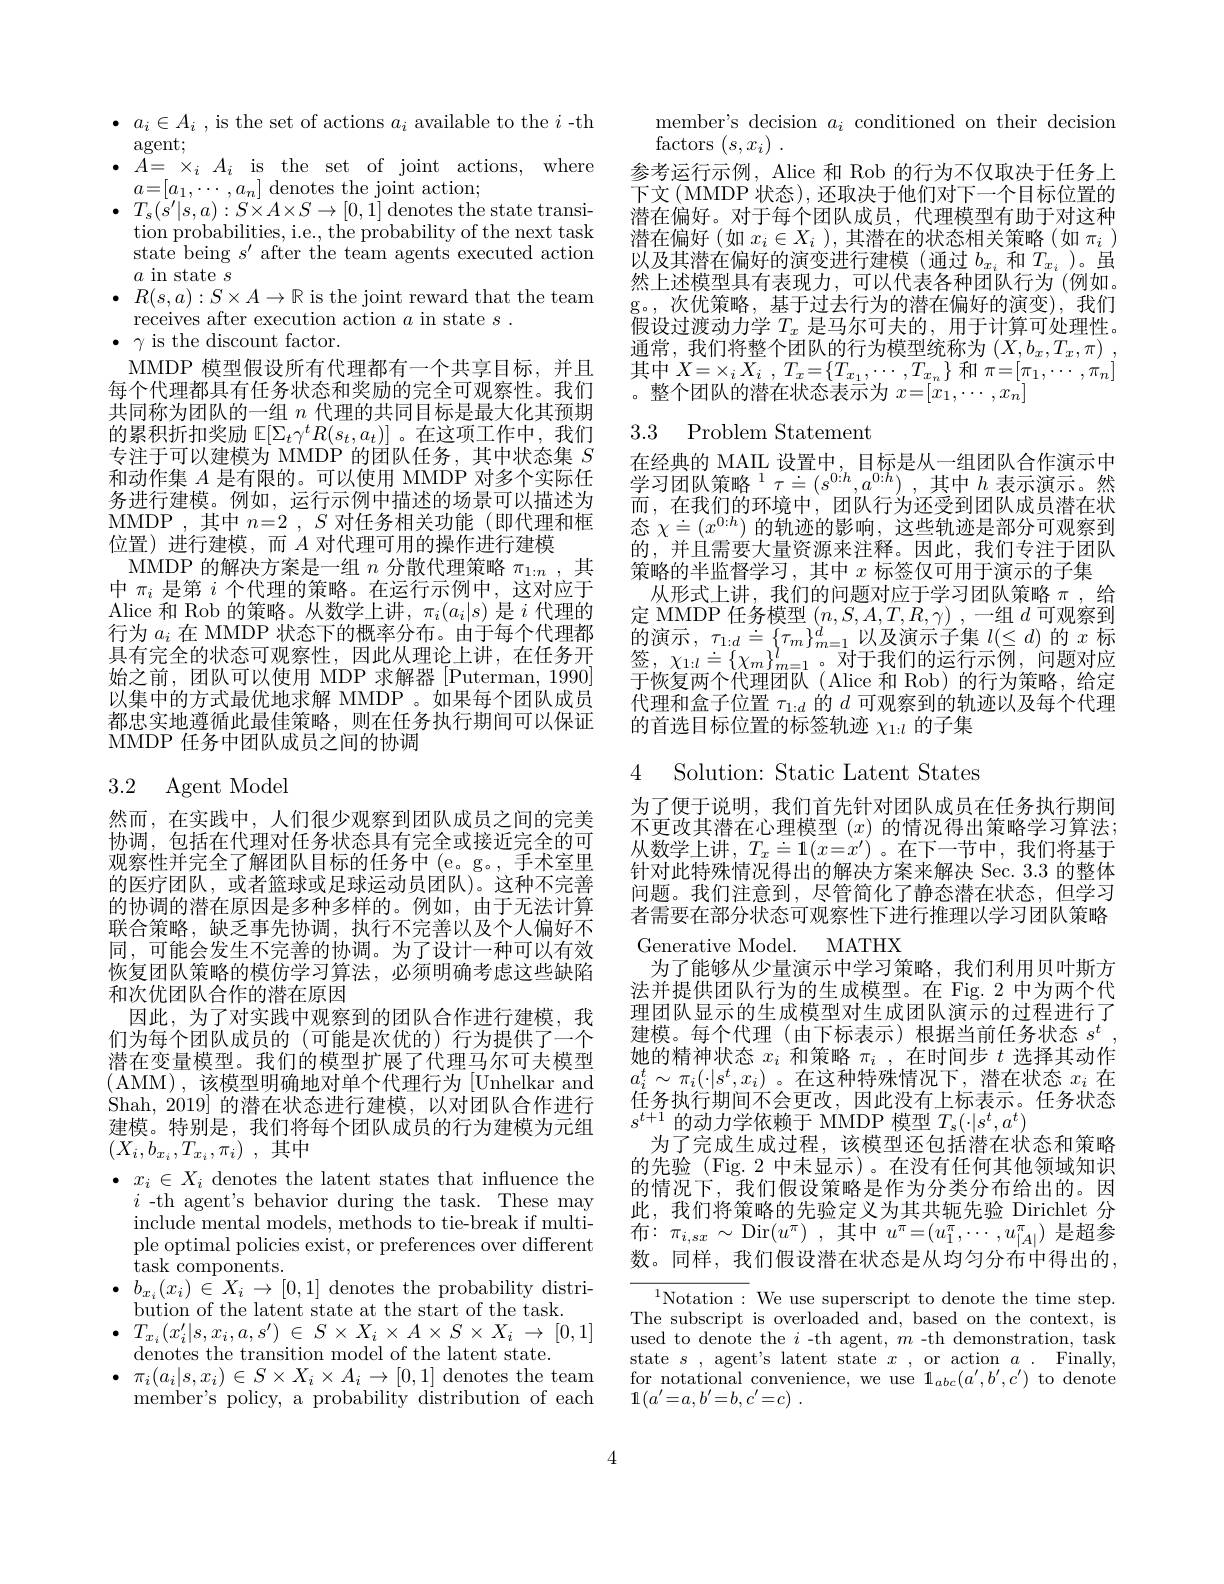
$\bullet$ $a_i\in A_i$ , is the set of actions $a_i$ available to the $i$-th

agent;

$\bullet$ $A=$ $\times _{i}$ $A_{i}$ is the set of joint actions, where

$a=[a_1,\cdots,a_n]$ denotes the joint action;

$\bullet$ $T_{s}( s^{\prime }| s, a) : S\times A\times S\to [ 0, 1]$denotes the state transi-

tion probabilities, i.e., the probability of the next task

state being $s^\prime$ after the team agents executed action

$a$ in state $s$

$\bullet$ $R( s, a) : S\times A\to \mathbb{R}$ is the joint reward that the team

receives after execution action $a$ in state $s.$

$\bullet$ $\gamma$ is the discount factor.

MMDP 模型假设所有代理都有一个共享目标，并且每个代理都具有任务状态和奖励的完全可观察性。我们共同称为团队的一组$n$代理的共同目标是最大化其预期的累积折扣奖励 E$[\Sigma_t\gamma^tR(s_t,a_t)]$。在这项工作中，我们专注于可以建模为 MMDP 的团队任务，其中状态集$S$ 和动作集$A$是有限的。可以使用 MMDP 对多个实际任务进行建模。例如，运行示例中描述的场景可以描述为MMDP ,其中$n= 2$ , $S$对任务相关功能 (即代理和框位置)进行建模，而$A$对代理可用的操作进行建模
MMDP 的解决方案是一组$n$分散代理策略$\pi_1:n$,其中$\pi_i$是第$i$个代理的策略。在运行示例中，这对应于Alice 和 Rob 的策略。从数学上讲，$\pi_i(a_i|s)$是$i$代理的行为$a_i$在 MMDP 状态下的概率分布。由于每个代理都具有完全的状态可观察性，因此从理论上讲，在任务开始之前，团队可以使用 MDP 求解器[Puterman,1990] 以集中的方式最优地求解 MMDP 。如果每个团队成员都忠实地遵循此最佳策略，则在任务执行期间可以保证MMDP 任务中团队成员之间的协调

### 3.2 Agent Mode

然而，在实践中，人们很少观察到团队成员之间的完美协调，包括在代理对任务状态具有完全或接近完全的可观察性并完全了解团队目标的任务中(e。g。,手术室里的医疗团队，或者篮球或足球运动员团队)。这种不完善的协调的潜在原因是多种多样的。例如，由于无法计算联合策略，缺乏事先协调，执行不完善以及个人偏好不同，可能会发生不完善的协调。为了设计一种可以有效恢复团队策略的模仿学习算法，必须明确考虑这些缺陷和次优团队合作的潜在原因
因此，为了对实践中观察到的团队合作进行建模，我们为每个团队成员的(可能是次优的)行为提供了一个潜在变量模型。我们的模型扩展了代理马尔可夫模型(AMM),该模型明确地对单个代理行为[Unhelkar and Shah,2019] 的潜在状态进行建模，以对团队合作进行建模。特别是，我们将每个团队成员的行为建模为元组$( \bar{X} _{i}, b_{x_{i}}, T_{x_{i}}, \pi _{i})$ ,其中
$\bullet$ $x_{i}\in X_{i}$ denotes the latent states that influence the
$i$ -th agent's behavior during the task. These may include mental models, methods to tie-break if multiple optimal policies exist, or preferences over different $\tilde{\text{task components.}}$
$\begin{array}{l}{b_{x_{i}}(x_{i})\in X_{i}\to[0,1]\text{ denotes the probability distri-}}\\{\mathrm{bution~of~the~latent~state~at~the~start~of~the~task.}}\end{array}$ $\bullet$ $T_{x_{i}}( x_{i}^{\prime }| s, x_{i}, a, s^{\prime })$ $\in$ $S\times$ $X_{i}\times A\times S\times$ $X_{i}$ $\to$ [0,1] denotes the transition model of the latent state.
$\bullet$ $\pi _{i}( a_{i}| s, x_{i}) \in S\times X_{i}\times A_{i}\to [ 0, 1]$ denotes the team
member's policy, a probability distribution of each

member's decision $a_i$ conditioned on their decision
factors $( s, x_i)$ .
参考运行示例，Alice 和 Rob 的行为不仅取决于任务上下文(MMDP 状态),还取决于他们对下一个目标位置的潜在偏好。对于每个团队成员，代理模型有助于对这种潜在偏好(如$x_i\in X_i$ ),其潜在的状态相关策略(如$\pi_i$ ) 以及其潜在偏好的演变进行建模(通过$b_x_i$和$T_{x_i}$ )。虽然上述模型具有表现力，可以代表各种团队行为 (例如。g。,次优策略，基于过去行为的潜在偏好的演变),我们假设过渡动力学$T_x$是马尔可夫的，用于计算可处理性。$\begin{array}{l}{\text{通常，我们将整个团队的行为模型统称为}}\left(X,b_{x},T_{x},\pi\right)\\{\text{世}+\mathbf{v}}\end{array}$ 其中$X= \times _iX_i$ , $T_x= \{ T_{x_1}, \cdots , T_{x_n}\}$ 和$\pi=[\pi_1,\cdots,\pi_n]$ 。整个团队的潜在状态表示为$x=[x_1,\cdots,x_n]$

### 3.3 Problem Statement

$\begin{array}{ll}\text{在经典的 MAIL 设置中，目标是从一组团队合作演示中}\\\text{学习团队策略 }^{1}\tau\doteq(s^{0:h},a^{0:h}),\text{其中 }h\text{ 表示演示。然}\end{array}$ 而，在我们的环境中，团队行为还受到团队成员潜在状态$\chi\doteq(x^{0:h})$的轨迹的影响，这些轨迹是部分可观察到的，并且需要大量资源来注释。因此，我们专注于团队策略的半监督学习，其中$x$标签仅可用于演示的子集
从形式上讲，我们的问题对应于学习团队策略$\pi$ ,给定 MMDP 任务模型$(n,S,A,T,R,\gamma)$ ,一组$d$可观察到于恢复两个代理团队( Alice 和 Rob) 的行为策略，给定代理和盒子位置$\tau_{1:d}$的$d$可观察到的轨迹以及每个代理的首选目标位置的标签轨迹$\chi_{1:l}$的子集

# 4 Solution: Static Latent States

为了便于说明，我们首先针对团队成员在任务执行期间不更改其潜在心理模型$(x)$的情况得出策略学习算法； 从数学上讲$,T_x\doteq1(x=x^{\prime})$ 。在下一节中，我们将基于针对此特殊情况得出的解决方案来解决 Sec. 3.3 的整体问题。我们注意到，尽管简化了静态潜在状态，但学习者需要在部分状态可观察性下进行推理以学习团队策略Generative Model. MATHX
为了能够从少量演示中学习策略，我们利用贝叶斯方法并提供团队行为的生成模型。在 Fig.2 中为两个代理团队显示的生成模型对生成团队演示的过程进行了建模。每个代理(由下标表示)根据当前任务状态$s^t$ 她的精神状态$x_i$和策略$\pi_i$,在时间步$t$选择其动作$a_{i}^{t}\sim\pi_{i}(\cdot|s^{t},x_{i})$ 。在这种特殊情况下，潜在状态$x_i$在任务执行期间不会更改，因此没有上标表示。任务状态$s^{t+1}$的动力学依赖于 MMDP 模型$T_s(\cdot|s^t,a^t)$
为了完成生成过程，该模型还包括潜在状态和策略的先验 (Fig.2 中未显示)。在没有任何其他领域知识的情况下，我们假设策略是作为分类分布给出的。因此，我们将策略的先验定义为其共轭先验 Dirichlet 分布$:\pi_{i,sx}\sim$Dir$(u^{\pi})~,~$其中$u^{\pi}=(u_1^{\pi},\cdots,u_{|A|}^{\pi})~$是超参数。同样，我们假设潜在状态是从均匀分布中得出的，

${\overline{{^{1}\text{Notation}:}}}$We use superscript to denote the time step. The subscript is overloaded and, based on the context, is used to denote the $i$ -th agent, $m$ -th demonstration, task state $s$, agent's latent state $x$, or action $a.$ Finally, $\begin{array}{l}\text{for notational convenience, we use 1}_{abc}(a^{\prime},b^{\prime},c^{\prime})\\1(a^{\prime}=a,b^{\prime}=b,c^{\prime}=c)\:.\end{array}$

4